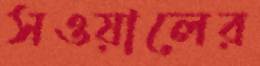
সওয়ালের